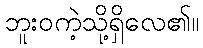
ဘူးဝကဲ့သို့ရှိလေ၏။